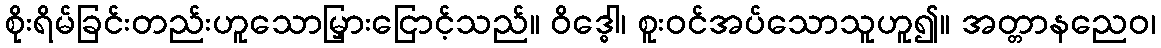
စိုးရိမ်ခြင်းတည်းဟူသောမြှားငြောင့်သည်။ ဝိဒ္ဓေါ၊ စူးဝင်အပ်သောသူဟူ၍။ အတ္တာနညေဝ၊